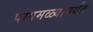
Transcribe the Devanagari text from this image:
पागमळ्यापर्यंत